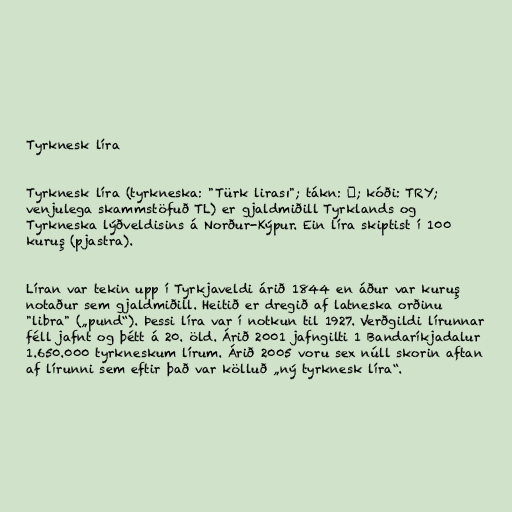
Tyrknesk líra

Tyrknesk líra (tyrkneska: "Türk lirası"; tákn: ₺; kóði: TRY;
venjulega skammstöfuð TL) er gjaldmiðill Tyrklands og
Tyrkneska lýðveldisins á Norður-Kýpur. Ein líra skiptist í 100
kuruş (pjastra).

Líran var tekin upp í Tyrkjaveldi árið 1844 en áður var kuruş
notaður sem gjaldmiðill. Heitið er dregið af latneska orðinu
"libra" („pund“). Þessi líra var í notkun til 1927. Verðgildi lírunnar
féll jafnt og þétt á 20. öld. Árið 2001 jafngilti 1 Bandaríkjadalur
1.650.000 tyrkneskum lírum. Árið 2005 voru sex núll skorin aftan
af lírunni sem eftir það var kölluð „ný tyrknesk líra“.